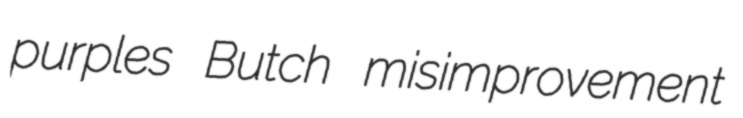
purples Butch misimprovement